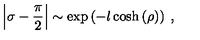
\left| \sigma - \displaystyle \frac { \pi } { 2 } \right| \sim \exp \left( - l \cosh \left( \rho \right) \right) \: ,